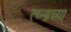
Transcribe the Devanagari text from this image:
त्य्नाच्या